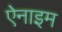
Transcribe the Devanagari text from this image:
ऐनाइम